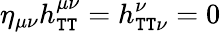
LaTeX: \eta_{\mu\nu}h_{\mathtt{T}\mathtt{T}}^{\mu\nu}=h_{\mathtt{T}\mathtt{T}\nu}^{\nu}=0